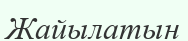
Жайылатын